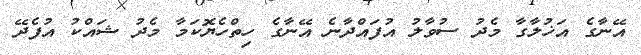
އޭނާގެ އަޚުލާގާ މެދު ސުވާލު އުފައްދާނެ އޭނާގެ ހިތްހެޔޮކަމާ މެދު ޝައްކު އުފެދޭ